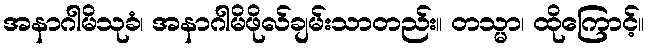
အနာဂါမိသုခံ၊ အနာဂါမိဖိုလ်ချမ်းသာတည်း။ တသ္မာ၊ ထိုကြောင့်။